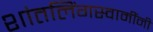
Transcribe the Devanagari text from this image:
शांतलिंगस्वामींनी